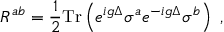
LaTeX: R ^ { a b } = \frac { 1 } { 2 } \mathrm { T r } \left( e ^ { i g \Delta } \sigma ^ { a } e ^ { - i g \Delta } \sigma ^ { b } \right) \ ,